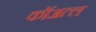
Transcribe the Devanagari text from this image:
कॉअत्ल